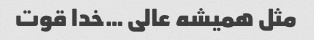
مثل همیشه عالی …خدا قوت